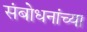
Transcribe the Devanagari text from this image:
संबोधनांच्या